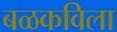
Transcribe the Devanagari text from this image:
बळकविला